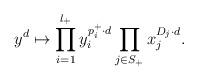
LaTeX: \begin{align*}y^d \mapsto \prod_{i=1}^{l_+}y_i^{p_i^+\cdot d}\prod_{j\in S_+}x_j^{D_j\cdot d}.\end{align*}